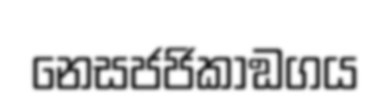
නෙසජජිකාඞගය